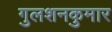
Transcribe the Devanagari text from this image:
गुलशनकुमार